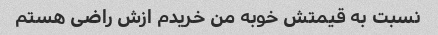
نسبت به قیمتش خوبه من خریدم ازش راضی هستم